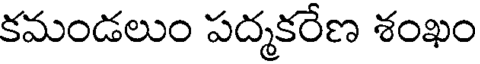
కమండలుం పద్మకరేణ శంఖం